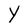
Character: Y